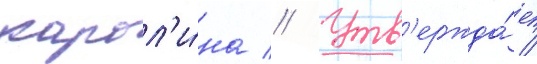
карол'и́на // Утв'ержда́ет /